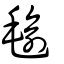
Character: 毹